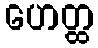
ဟေတ္ထ